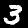
Label: 3